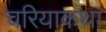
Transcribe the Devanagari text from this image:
चरियाकथा